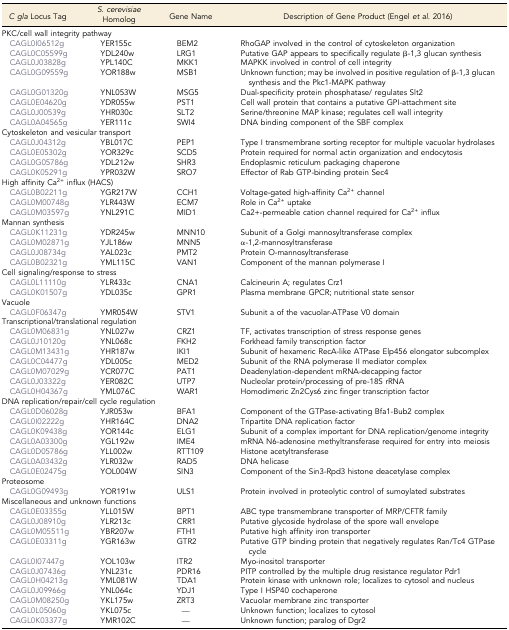
<table><thead><tr><td><b><i>C gla</i> Locus Tag</b></td><td><b><i>S. cerevisiae</i> Homolog</b></td><td><b>Gene Name</b></td><td><b>Description of Gene Product (Engel <i>et al.</i> 2016)</b></td></tr></thead><tbody><tr><td colspan="4">PKC/cell wall integrity pathway</td></tr><tr><td> CAGL0I06512g</td><td>YER155c</td><td>BEM2</td><td>RhoGAP involved in the control of cytoskeleton organization</td></tr><tr><td> CAGL0C05599g</td><td>YDL240w</td><td>LRG1</td><td>Putative GAP appears to specifically regulate β-1,3 glucan synthesis</td></tr><tr><td> CAGL0J03828g</td><td>YPL140C</td><td>MKK1</td><td>MAPKK involved in control of cell integrity</td></tr><tr><td> CAGL0G09559g</td><td>YOR188w</td><td>MSB1</td><td>Unknown function; may be involved in positive regulation of β-1,3 glucan synthesis and the Pkc1-MAPK pathway</td></tr><tr><td> CAGL0G01320g</td><td>YNL053W</td><td>MSG5</td><td>Dual-specificity protein phosphatase/ regulates Slt2</td></tr><tr><td> CAGL0E04620g</td><td>YDR055w</td><td>PST1</td><td>Cell wall protein that contains a putative GPI-attachment site</td></tr><tr><td> CAGL0J00539g</td><td>YHR030c</td><td>SLT2</td><td>Serine/threonine MAP kinase; regulates cell wall integrity</td></tr><tr><td> CAGL0A04565g</td><td>YER111c</td><td>SWI4</td><td>DNA binding component of the SBF complex</td></tr><tr><td colspan="4">Cytoskeleton and vesicular transport</td></tr><tr><td> CAGL0J04312g</td><td>YBL017C</td><td>PEP1</td><td>Type I transmembrane sorting receptor for multiple vacuolar hydrolases</td></tr><tr><td> CAGL0E05302g</td><td>YOR329c</td><td>SCD5</td><td>Protein required for normal actin organization and endocytosis</td></tr><tr><td> CAGL0G05786g</td><td>YDL212w</td><td>SHR3</td><td>Endoplasmic reticulum packaging chaperone</td></tr><tr><td> CAGL0K05291g</td><td>YPR032W</td><td>SRO7</td><td>Effector of Rab GTP-binding protein Sec4</td></tr><tr><td colspan="4">High affinity Ca<sup>2+</sup> influx (HACS)</td></tr><tr><td> CAGL0B02211g</td><td>YGR217W</td><td>CCH1</td><td>Voltage-gated high-affinity Ca<sup>2+</sup> channel</td></tr><tr><td> CAGL0M00748g</td><td>YLR443W</td><td>ECM7</td><td>Role in Ca<sup>2+</sup> uptake</td></tr><tr><td> CAGL0M03597g</td><td>YNL291C</td><td>MID1</td><td>Ca2+-permeable cation channel required for Ca<sup>2+</sup> influx</td></tr><tr><td colspan="4">Mannan synthesis</td></tr><tr><td> CAGL0K11231g</td><td>YDR245w</td><td>MNN10</td><td>Subunit of a Golgi mannosyltransferase complex</td></tr><tr><td> CAGL0M02871g</td><td>YJL186w</td><td>MNN5</td><td>α-1,2-mannosyltransferase</td></tr><tr><td> CAGL0J08734g</td><td>YAL023c</td><td>PMT2</td><td>Protein O-mannosyltransferase</td></tr><tr><td> CAGL0B02321g</td><td>YML115C</td><td>VAN1</td><td>Component of the mannan polymerase I</td></tr><tr><td colspan="4">Cell signaling/response to stress</td></tr><tr><td> CAGL0L11110g</td><td>YLR433c</td><td>CNA1</td><td>Calcineurin A; regulates Crz1</td></tr><tr><td> CAGL0K01507g</td><td>YDL035c</td><td>GPR1</td><td>Plasma membrane GPCR; nutritional state sensor</td></tr><tr><td colspan="4">Vacuole</td></tr><tr><td> CAGL0F06347g</td><td>YMR054W</td><td>STV1</td><td>Subunit a of the vacuolar-ATPase V0 domain</td></tr><tr><td colspan="4">Transcriptional/translational regulation</td></tr><tr><td> CAGL0M06831g</td><td>YNL027w</td><td>CRZ1</td><td>TF, activates transcription of stress response genes</td></tr><tr><td> CAGL0J10120g</td><td>YNL068c</td><td>FKH2</td><td>Forkhead family transcription factor</td></tr><tr><td> CAGL0M13431g</td><td>YHR187w</td><td>IKI1</td><td>Subunit of hexameric RecA-like ATPase Elp456 elongator subcomplex</td></tr><tr><td> CAGL0C04477g</td><td>YDL005c</td><td>MED2</td><td>Subunit of the RNA polymerase II mediator complex</td></tr><tr><td> CAGL0M07029g</td><td>YCR077C</td><td>PAT1</td><td>Deadenylation-dependent mRNA-decapping factor</td></tr><tr><td> CAGL0J03322g</td><td>YER082C</td><td>UTP7</td><td>Nucleolar protein/processing of pre-18S rRNA</td></tr><tr><td> CAGL0H04367g</td><td>YML076C</td><td>WAR1</td><td>Homodimeric Zn2Cys6 zinc finger transcription factor</td></tr><tr><td colspan="4">DNA replication/repair/cell cycle regulation</td></tr><tr><td> CAGL0D06028g</td><td>YJR053w</td><td>BFA1</td><td>Component of the GTPase-activating Bfa1-Bub2 complex</td></tr><tr><td> CAGL0I02222g</td><td>YHR164C</td><td>DNA2</td><td>Tripartite DNA replication factor</td></tr><tr><td> CAGL0K09438g</td><td>YOR144c</td><td>ELG1</td><td>Subunit of a complex important for DNA replication/genome integrity</td></tr><tr><td> CAGL0A03300g</td><td>YGL192w</td><td>IME4</td><td>mRNA N6-adenosine methyltransferase required for entry into meiosis</td></tr><tr><td> CAGL0D05786g</td><td>YLL002w</td><td>RTT109</td><td>Histone acetyltransferase</td></tr><tr><td> CAGL0A03432g</td><td>YLR032w</td><td>RAD5</td><td>DNA helicase</td></tr><tr><td> CAGL0E02475g</td><td>YOL004W</td><td>SIN3</td><td>Component of the Sin3-Rpd3 histone deacetylase complex</td></tr><tr><td colspan="4">Proteosome</td></tr><tr><td> CAGL0G09493g</td><td>YOR191w</td><td>ULS1</td><td>Protein involved in proteolytic control of sumoylated substrates</td></tr><tr><td colspan="4">Miscellaneous and unknown functions</td></tr><tr><td> CAGL0E03355g</td><td>YLL015W</td><td>BPT1</td><td>ABC type transmembrane transporter of MRP/CFTR family</td></tr><tr><td> CAGL0J08910g</td><td>YLR213c</td><td>CRR1</td><td>Putative glycoside hydrolase of the spore wall envelope</td></tr><tr><td> CAGL0M05511g</td><td>YBR207w</td><td>FTH1</td><td>Putative high affinity iron transporter</td></tr><tr><td> CAGL0E03311g</td><td>YGR163w</td><td>GTR2</td><td>Putative GTP binding protein that negatively regulates Ran/Tc4 GTPase cycle</td></tr><tr><td> CAGL0I07447g</td><td>YOL103w</td><td>ITR2</td><td>Myo-inositol transporter</td></tr><tr><td> CAGL0J07436g</td><td>YNL231c</td><td>PDR16</td><td>PITP controlled by the multiple drug resistance regulator Pdr1</td></tr><tr><td> CAGL0H04213g</td><td>YML081W</td><td>TDA1</td><td>Protein kinase with unknown role; localizes to cytosol and nucleus</td></tr><tr><td> CAGL0J09966g</td><td>YNL064c</td><td>YDJ1</td><td>Type I HSP40 cochaperone</td></tr><tr><td> CAGL0M08250g</td><td>YKL175w</td><td>ZRT3</td><td>Vacuolar membrane zinc transporter</td></tr><tr><td> CAGL0L05060g</td><td>YKL075c</td><td>—</td><td>Unknown function; localizes to cytosol</td></tr><tr><td> CAGL0K03377g</td><td>YMR102C</td><td>—</td><td>Unknown function; paralog of Dgr2</td></tr></tbody></table>